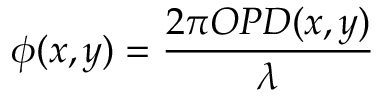
\phi ( x , y ) = \frac { 2 \pi O P D ( x , y ) } { \lambda }